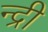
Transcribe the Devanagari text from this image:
न्द्री